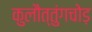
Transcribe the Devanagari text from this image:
कुलौत्तुंगचोड़